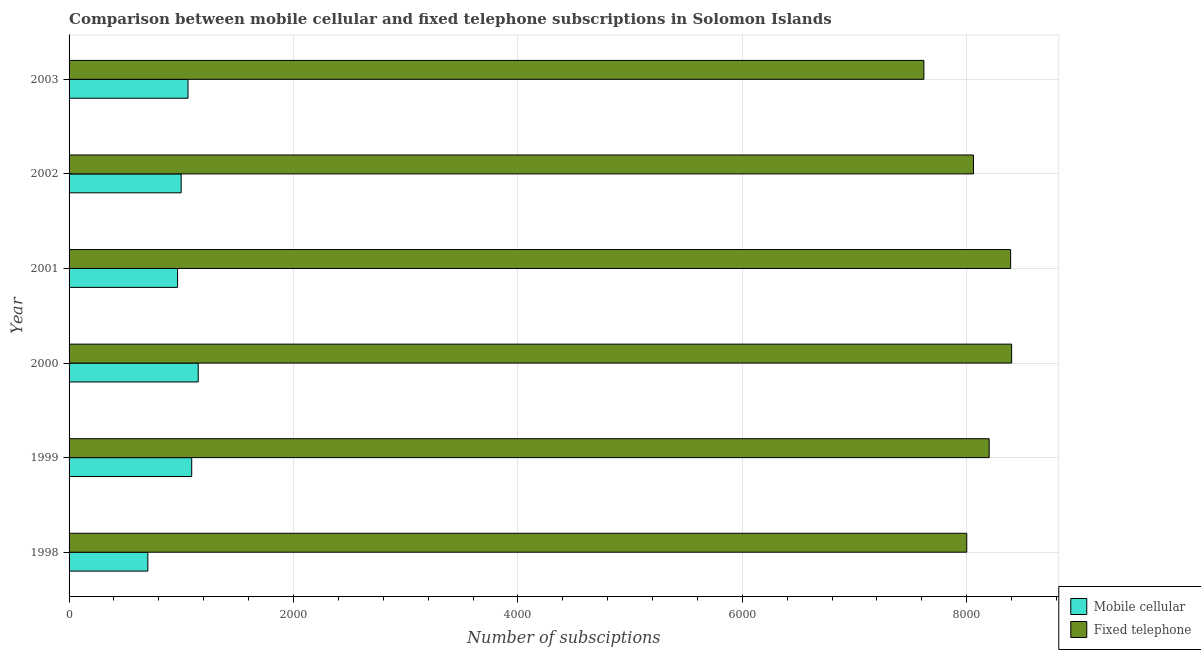
| Year | Mobile cellular | Fixed telephone |
 | --- | --- | --- |
 | 1998 | 702 | 8e+03 |
 | 1999 | 1.09e+03 | 8.2e+03 |
 | 2000 | 1.15e+03 | 8.4e+03 |
 | 2001 | 967 | 8.39e+03 |
 | 2002 | 999 | 8.06e+03 |
 | 2003 | 1.06e+03 | 7.62e+03 |